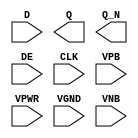
module sky130_fd_sc_ls__edfxbp (
    //# {{data|Data Signals}}
    input  D   ,
    output Q   ,
    output Q_N ,

    //# {{control|Control Signals}}
    input  DE  ,

    //# {{clocks|Clocking}}
    input  CLK ,

    //# {{power|Power}}
    input  VPB ,
    input  VPWR,
    input  VGND,
    input  VNB
);
endmodule